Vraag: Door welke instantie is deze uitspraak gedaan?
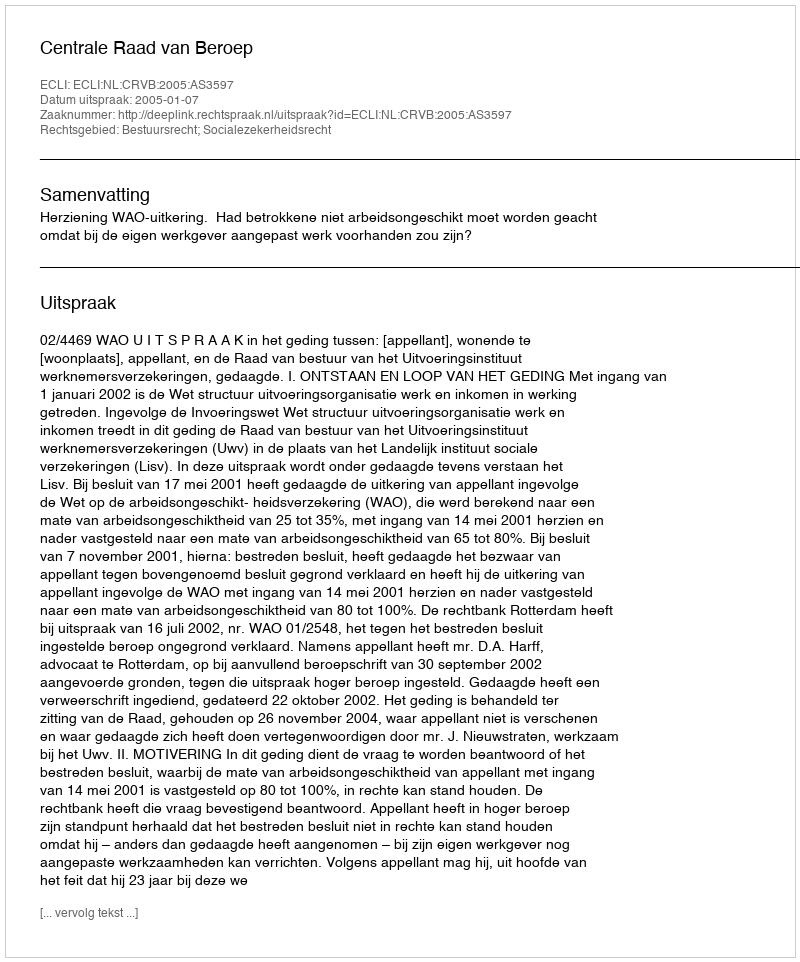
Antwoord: Centrale Raad van Beroep